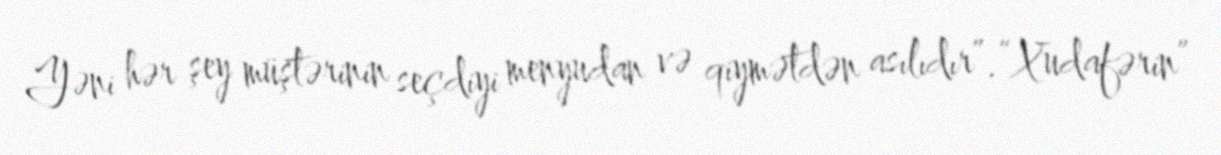
Yəni hər şey müştərinin seçdiyi menyudan və qiymətdən asılıdır”.“Xudafərin”